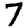
Digit: 7